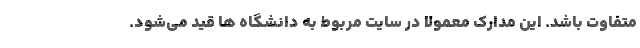
متفاوت باشد. این مدارک معمولا در سایت مربوط به دانشگاه ها قید می‌شود.